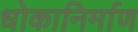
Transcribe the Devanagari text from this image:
धोकानिर्माण